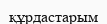
құрдастарым